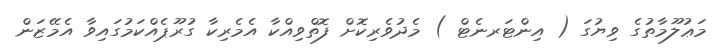
މަޢުލޫމާތުގެ ވިޔުގަ ( އިންޓަރނެޓް ) މެދުވެރިކޮށް ފޮތްވިއްކާ އެމެރިކާ ގުރޫޕެއްކަމުގައިވާ އެމޭޒަން